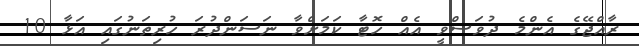
ރާއްޖޭގެ އެންމެ ދުވަސްވީ އެއް ހޮޓާ ކަމަށްވާ ނަސަންދުރަ ހުރިތަނުގައި އަޅާ 10